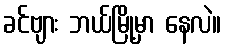
ခင်ဗျား ဘယ်မြို့မှာ နေလဲ။